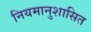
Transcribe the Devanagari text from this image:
नियमानुशासित